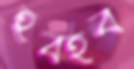
হবহব